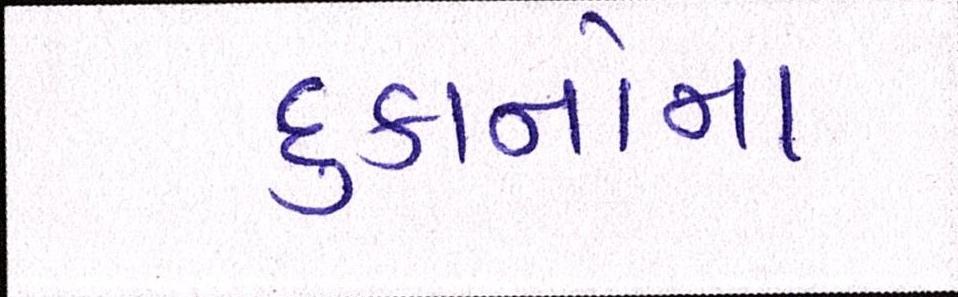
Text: દુકાનોના